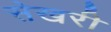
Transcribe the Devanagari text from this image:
सेखरी